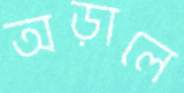
অড়ালে